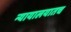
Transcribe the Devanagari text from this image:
न्यायालयातच